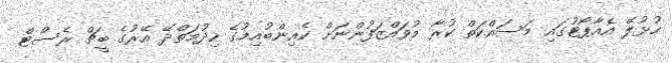
ހުޅުލޭ އެއާޕޯޓުގައި މަސައްކަތް ކުރާ މުވައްޒަފުންނަށް ކެއިންބުއިމުގެ ހިދުމަތްދޭ އޭރުގެ ބީޗް ރެސްޓް